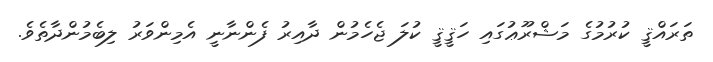
ތަރައްޤީ ކުރުމުގެ މަޝްރޫޢުގައި ހަޤީޤީ ކުލަ ޖެހެމުން ދާއިރު ފެންނާނީ އެމިންވަރު ލިބެމުންދާތެވެ.